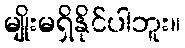
မျိုးမရှိနိုင်ပါဘူး။